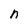
Character: n